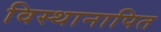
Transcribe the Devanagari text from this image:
विस्थानापित